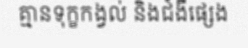
គ្មានទុក្ខកង្វល់ និងជំងឺផ្សេង